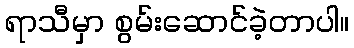
ရာသီမှာ စွမ်းဆောင်ခဲ့တာပါ။